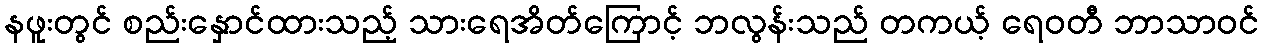
နဖူးတွင် စည်းနှောင်ထားသည့် သားရေအိတ်ကြောင့် ဘလွန်းသည် တကယ့် ရေဝတီ ဘာသာဝင်